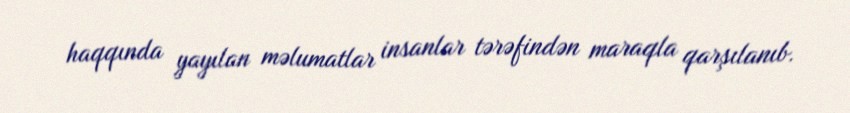
haqqında yayılan məlumatlar insanlar tərəfindən maraqla qarşılanıb.